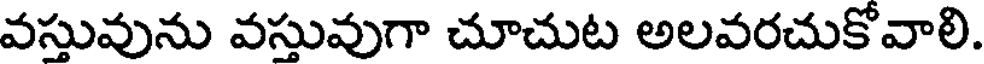
వస్తువును వస్తువుగా చూచుట అలవరచుకోవాలి.